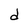
Character: d